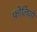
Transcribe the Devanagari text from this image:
फ़ोलियो